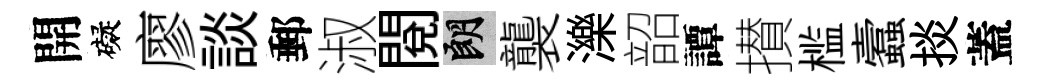
開礙廖談郵淑閲朗襲濼韶譚攅槛蠧掞蓋